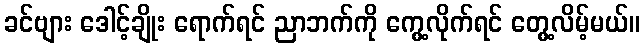
ခင်ဗျား ဒေါင့်ချိုး ရောက်ရင် ညာဘက်ကို ကွေ့လိုက်ရင် တွေ့လိမ့်မယ်။